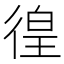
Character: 徨